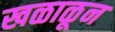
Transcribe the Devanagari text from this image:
खळाळून